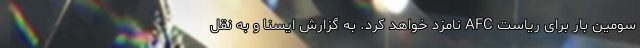
سومین بار برای ریاست AFC نامزد خواهد کرد. به گزارش ایسنا و به نقل